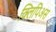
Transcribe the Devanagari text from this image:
क्लिपिअस